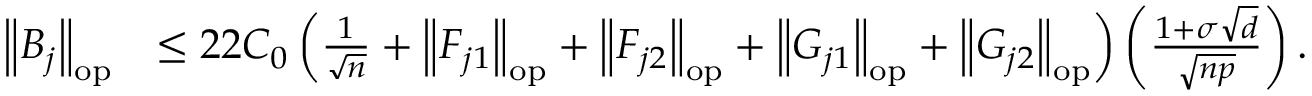
\begin{array} { r l } { \left\| { B _ { j } } \right\| _ { \mathrm { o p } } } & { \leq 2 2 C _ { 0 } \left( \frac { 1 } { \sqrt { n } } + \left\| { F _ { j 1 } } \right\| _ { \mathrm { o p } } + \left\| { F _ { j 2 } } \right\| _ { \mathrm { o p } } + \left\| { G _ { j 1 } } \right\| _ { \mathrm { o p } } + \left\| { G _ { j 2 } } \right\| _ { \mathrm { o p } } \right) \left( \frac { 1 + \sigma \sqrt { d } } { \sqrt { n p } } \right) . } \end{array}